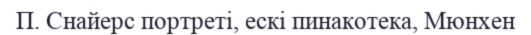
П. Снайерс портреті, ескі пинакотека, Мюнхен